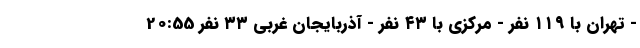
- تهران با ۱۱۹ نفر - مرکزی با ۴۳ نفر - آذربایجان غربی ۳۳ نفر 20:55